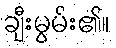
ချီးမွမ်း၏။